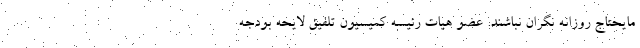
مایحتاج روزانه نگران نباشند. عضو هیات رئیسه کمیسیون تلفیق لایحه بودجه